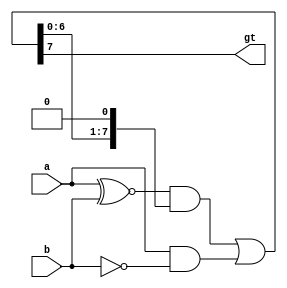
`timescale 1ns / 1ps
//////////////////////////////////////////////////////////////////////////////////
// Company: 
// Engineer: 
// 
// Design Name: 
// Module Name: Dec
// Project Name: 
// Target Devices: 
// Tool Versions: 
// Description: 
// 
// Dependencies: 
// 
// Revision:
// Revision 0.01 - File Created
// Additional Comments:
// 
//////////////////////////////////////////////////////////////////////////////////

module MagComp(a, b, gt) ;
    parameter k = 8 ;
    input [k-1:0] a, b; 
    output gt ;
    wire [k-1:0] eqi = a ~^ b ;
    wire [k-1:0] gti = a & ~b ; 
    wire [k:0] gtb = {((eqi[k-1:0] & gtb[k-1:0]) | gti[k-1:0]), 1'b0} ;
    wire gt = gtb[k] ;
endmodule